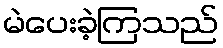
မဲပေးခဲ့ကြသည်